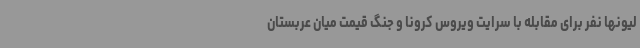
لیونها نفر برای مقابله با سرایت ویروس کرونا و جنگ قیمت میان عربستان